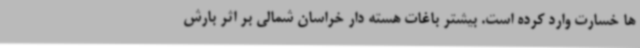
ها خسارت وارد کرده است. بیشتر باغات هسته دار خراسان شمالی بر اثر بارش